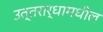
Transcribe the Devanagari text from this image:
उत्तरार्धामधील